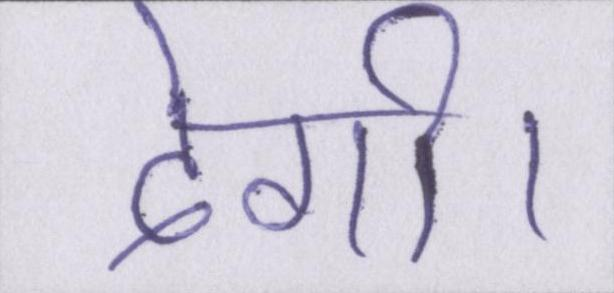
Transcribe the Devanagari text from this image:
देगी।